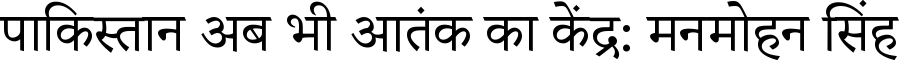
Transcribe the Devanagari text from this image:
पाकिस्तान अब भी आतंक का केंद्र: मनमोहन सिंह